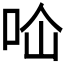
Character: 𭇔